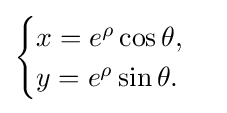
{\begin{cases}x=e^{\rho }\cos \theta ,\\y=e^{\rho }\sin \theta .\end{cases}}